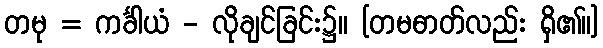
တမု = ကင်္ခါယံ - လိုချင်ခြင်း၌။ [တမဓာတ်လည်း ရှိ၏။]